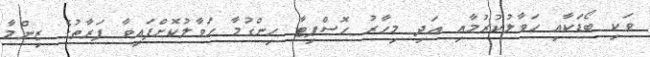
ވަކި ބޯޑަކާއި ހަވާލުކުރުމާއި އަދި މިހާރު ހޮސްޕިޓާ ހިންގުމާ ހަވާލުކޮށްފައިވާ ފަރާތުގެ ޒިންމާ